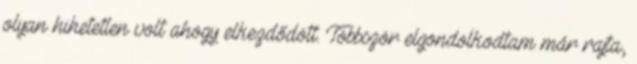
olyan hihetetlen volt ahogy elkezdődött. Többször elgondolkodtam már rajta,